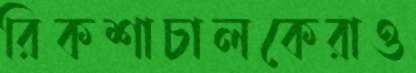
রিকশাচালকেরাও